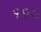
૬૬૯